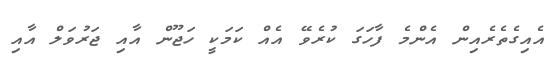
އެއިގެތެރެއިން އެންމެ ފާހަގަ ކުރެވޭ އެއް ކަމަކީ ހަޖޫން އާއި ޖަރުވަލް އާއި